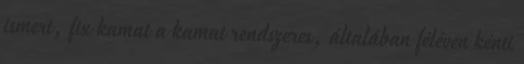
ismert, ﬁx kamat a kamat rendszeres, általában féléven kénti